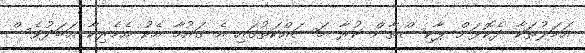
އަމަލުތަކާ ދެކޮޅަށް ޕާކިސްތާން ކުރާ މަސައްކަތުގައި އެ ގައުމާ އެކު އެމެރިކާ އަބަދުވެސް